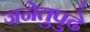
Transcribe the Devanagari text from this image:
जनेतुपुढे